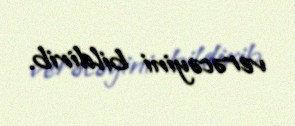
verəcəyini bildirib.